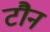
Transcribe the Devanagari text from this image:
टौन